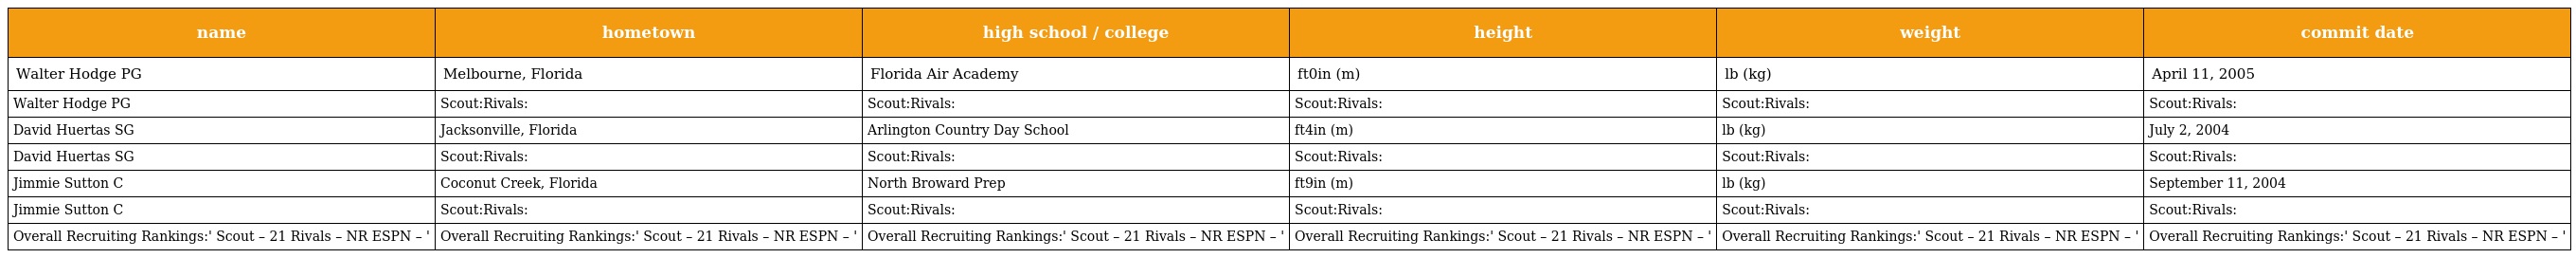
| name | hometown | high school / college | height | weight | commit date |
 | --- | --- | --- | --- | --- | --- |
 | Walter Hodge PG | Melbourne, Florida | Florida Air Academy | ft0in (m) | lb (kg) | April 11, 2005 |
 | Walter Hodge PG | Scout:Rivals: | Scout:Rivals: | Scout:Rivals: | Scout:Rivals: | Scout:Rivals: |
 | David Huertas SG | Jacksonville, Florida | Arlington Country Day School | ft4in (m) | lb (kg) | July 2, 2004 |
 | David Huertas SG | Scout:Rivals: | Scout:Rivals: | Scout:Rivals: | Scout:Rivals: | Scout:Rivals: |
 | Jimmie Sutton C | Coconut Creek, Florida | North Broward Prep | ft9in (m) | lb (kg) | September 11, 2004 |
 | Jimmie Sutton C | Scout:Rivals: | Scout:Rivals: | Scout:Rivals: | Scout:Rivals: | Scout:Rivals: |
 | Overall Recruiting Rankings:' Scout – 21 Rivals – NR ESPN – ' | Overall Recruiting Rankings:' Scout – 21 Rivals – NR ESPN – ' | Overall Recruiting Rankings:' Scout – 21 Rivals – NR ESPN – ' | Overall Recruiting Rankings:' Scout – 21 Rivals – NR ESPN – ' | Overall Recruiting Rankings:' Scout – 21 Rivals – NR ESPN – ' | Overall Recruiting Rankings:' Scout – 21 Rivals – NR ESPN – ' |